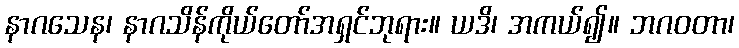
နာဂသေန၊ နာဂသိန်ကိုယ်တော်အရှင်ဘုရား။ ယဒိ၊ အကယ်၍။ ဘဂဝတာ၊